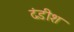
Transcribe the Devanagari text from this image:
दंडीश